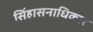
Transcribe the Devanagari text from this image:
सिंहासनाधिकार